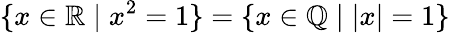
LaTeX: \{ x\in\mathbb{R}\mid x^{2}=1\} =\{ x\in\mathbb{Q}\mid|x|=1\}